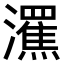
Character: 𤃭